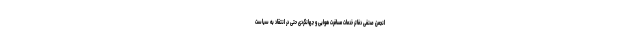
انجمن صنفی دفاتر خدمات مسافرت هوایی و جهانگردی حتی در انتقاد به سیاست